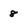
Character: 8